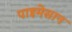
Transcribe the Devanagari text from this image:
पाइमेसान